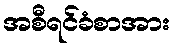
အစီရင်ခံစာအား